Report on vaccination in Madras 1904-1921 - 1904-1921
Year: 1904
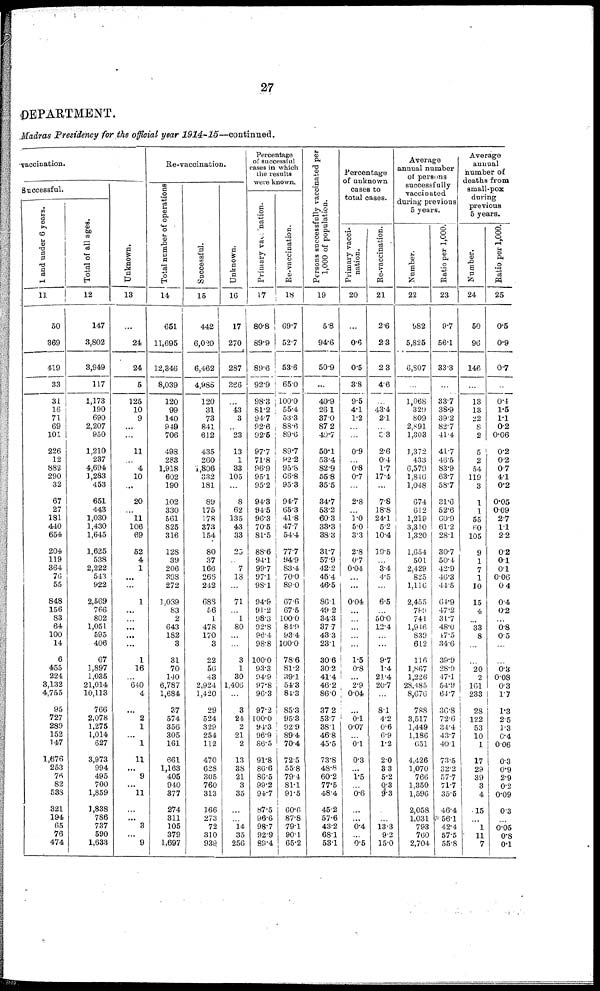
27
DEPARTMENT.
Madras Presidency for the official year
1914-15—continued.
vaccination.
Successful.
1 and under 6 years.
11
50
369
419
33
31
16
71
69
101
226
12
882
290
32
67
27
181
440
654
204
119
364
76
55
848
156
83
64
100
14
6
455
224
3,132
4,755
95
727
289
152
147
1,676
253
76
82
538
321
194
65
76
474
Total of all ages.
12
147
3,802
3,949
117
1,173
190
690
2,207
950
1,210
237
4,694
1,283
453
651
443
1,030
1,430
1,645
1,625
538
2,222
543
922
2,569
766
802
1,051
595
406
67
1,897
1,035
21,014
10,113
766
2,078
1,275
1,014
627
3,973
994
495
700
1,859
1,838
786
737
590
1,633
Unknown.
13
...
24
24
5
125
10
9
...
...
11
...
4
10
...
20
...
11
106
69
52
4
1
...
...
1
...
...
...
...
...
1
16
...
640
4
...
2
1
...
1
11
...
9
...
11
...
...
3
...
9
Re-vaccination.
Total number of operations
14
651
11,695
12,346
8,039
120
99
140
949
706
498
283
1,918
602
190
102
330
561
825
316
128
39
206
398
272
1,039
83
2
643
182
3
31
70
140
6,787
1,684
37
574
356
305
161
661
1,163
405
940
377
274
311
105
379
1,697
Successful.
15
442
6,020
6,462
4,985
120
31
73
841
612
435
260
1,806
332
181
89
175
178
373
154
80
37
166
266
242
683
56
1
478
170
3
22
56
43
2,924
1,420
29
524
329
254
112
470
628
305
760
313
166
273
72
310
939
Unknown.
16
17
270
287
366
...
43
3
...
23
13
1
33
105
...
8
62
135
43
33
25
...
7
13
...
71
...
1
80
...
...
3
1
30
1,406
...
3
24
2
21
2
13
38
21
3
35
...
...
14
35
256
Percentage
of successful
cases in which
the results
were known.
Primary vaccination.
17
80.8
89.9
89.6
92.9
98.3
81.2
94.7
92.6
92.5
97.7
71.8
96.9
95.1
95.2
94.3
94.5
96.3
70.5
81.5
88.6
94.1
99.7
97.1
98.1
94.9
91.2
98.3
92.8
96.4
98.8
100.0
93.3
94.9
97.8
96.3
97.2
100.0
94.3
96.9
86.5
91.8
86.6
86.5
99.2
94.7
87.5
96.6
98.7
92.9
89.4
Re-vaccination.
18
69.7
52.7
53.6
65.0
100.0
55.4
53.3
88.6
89.6
89.7
92.2
95.8
66.8
95.3
94.7
65.3
41.8
47.7
54.4
77.7
94.9
83.4
70.0
89.0
67.6
67.5
100.0
84.9
93.4
100.0
78.6
81.2
39.1
54.3
84.3
85.3
95.3
92.9
89.4
70.4
72.5
55.8
79.4
81.1
91.5
60.6
87.8
79.1
90.1
65.2
Persons successfully vaccinated per
1,000 of population.
19
5.8
94.6
50.9
...
40.9
26.1
37.0
87.2
49.7
50.1
53.4
82.9
55.8
35.5
34.7
53.2
60.3
33.3
38.3
31.7
57.9
42.2
45.4
46.5
86.1
49.2
34.3
37.7
43.3
23.1
30.6
30.2
41.4
46.2
86.0
37.2
53.7
38.1
46.8
45.5
73.8
48.8
60.2
77.5
48.4
45.2
57.6
43.2
68.1
53.1
Percentage
of unknown
cases to
total cases.
Primary vacci¬
nation.
20
...
0.6
0.5
3.8
9.5
4.1
1.2
...
...
0.9
...
0.8
0.7
...
2.8
...
1. 0
5.0
3.3
2.8
0.7
0.04
...
...
0.04
...
...
...
...
...
1.5
0.8
...
2.9
0.04
...
0.1
0.07
...
0.1
0.3
...
1.5
...
0.6
...
...
0.4
...
0.5
Re-vaccination.
21
2.6
2.3
2.3
4.6
...
43.4
2.1
...
3.3
2.6
0.4
1.7
17.4
...
7.8
18.8
24.1
5.2
10.4
19.5
...
3.4
4.5
...
6.5
...
50.0
12.4
...
...
9.7
1.4
21.4
20.7
...
8.1
42
0.6
6.9
1.2
2.0
3.3
5.2
0.3
9.3
...
...
13.3
9.2
15.0
Average
annual number
of persons
successfully
vaccinated
during previous
5 years.
Number.
22
982
5,825
6,807
...
1,068
329
809
2,891
1,303
1,372
433
6,579
1,840
1,048
674
612
1,219
3,310
1,320
1,654
501
2,429
825
1,110
2,455
789
741
1,946
839
612
116
1,867
1,226
28,485
8,676
788
3,517
1,449
1,186
651
4,426
1,070
766
1,350
1,596
2,058
1,031
793
760
2,704
Ratio per 1,000.
23
9.7
56.1
33.3
...
33.7
38.9
39.2
82.7
41.4
41.7
46.5
83.9
63.7
58.7
31.6
52.6
60.9
61.2
28.1
30.7
50.4
42.9
46.3
44.5
64.9
47.2
31.7
48.0
47.5
34.6
39.9
28.9
47.1
54.9
64.7
36.8
72.6
34.4
43.7
40.1
73.5
32.2
57.7
71.7
35.5
46.4
56.1
42.4
57.5
55.8
Average
annual
number of
deaths from
small-pox
during
previous
5 years.
Number.
24
50
96
146
...
13
13
22
8
2
5
2
54
119
3
1
1
55
60
105
9
1
7
1
10
15
4
...
33
8
...
...
20
2
161
233
28
122
53
10
1
17
29
39
3
4
15
...
1
11
7
Ratio per 1,000.
25
0.5
0.9
0.7
...
0.4
1.5
1.1
0.2
0.06
0.2
0.2
0.7
4.1
0.2
0.05
0.09
2.7
1.1
2.2
0.2
0.1
0.1
0.06
0.4
0.4
0.2
...
0.8
0.5
...
...
0.3
0.08
0.3
1.7
1.3
2.5
1.3
0.4
0.06
0.3
0.9
2.9
0.2
0.09
0.3
...
0.05
0.8
0.1